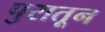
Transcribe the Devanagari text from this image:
पुरातून